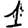
Digit: 1